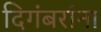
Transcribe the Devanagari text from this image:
दिगंबरांना